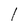
Character: l